画像に写った文字を読んでください
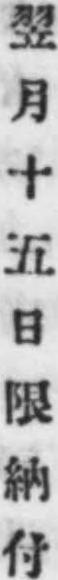
「翌月十五日限納付」と書いてあります